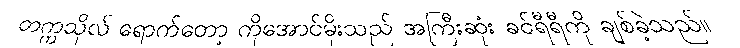
တက္ကသိုလ် ရောက်တော့ ကိုအောင်မိုးသည် အကြီးဆုံး ခင်ရီရီကို ချစ်ခဲ့သည်။